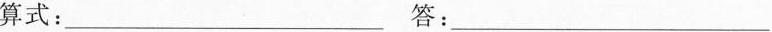
算式:___答:___